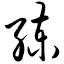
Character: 练